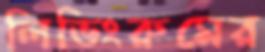
লিভিংরুমের